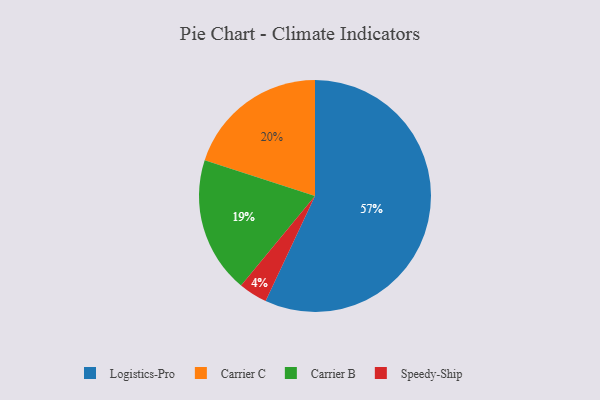
{"axis": {"x": "Category", "y": "Percentage"}, "legend": ["Carrier B", "Carrier C", "Logistics-Pro", "Speedy-Ship"], "data": [{"x": "Carrier B", "y": 19, "type": "Carrier B"}, {"x": "Logistics-Pro", "y": 57, "type": "Logistics-Pro"}, {"x": "Speedy-Ship", "y": 4, "type": "Speedy-Ship"}, {"x": "Carrier C", "y": 20, "type": "Carrier C"}]}